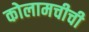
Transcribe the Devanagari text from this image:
कोलामचीची